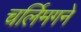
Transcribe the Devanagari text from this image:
चर्लिमगने